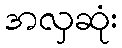
အလှဆုံး